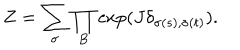
LaTeX: Z = \sum _ { \sigma } \prod _ { B } \exp ( J \delta _ { \sigma ( s ) , \sigma ( t ) } ) .